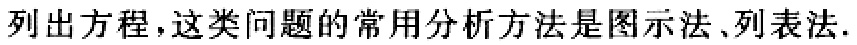
列出方程，这类问题的常用分析方法是图示法、列表法.